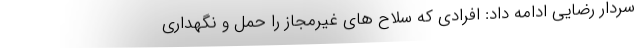
سردار رضایی ادامه داد: افرادی که سلاح های غیرمجاز را حمل و نگهداری